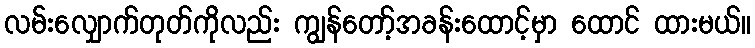
လမ်းလျှောက်တုတ်ကိုလည်း ကျွန်တော့်အခန်းထောင့်မှာ ထောင် ထားမယ်။